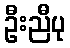
ဦးညီပု